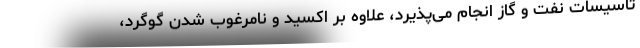
تاسیسات نفت و گاز انجام می‌پذیرد، علاوه‌ بر اکسید و نامرغوب شدن گوگرد،